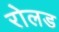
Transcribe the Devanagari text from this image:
रोलड